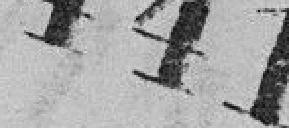
441